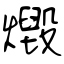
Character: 燬